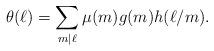
LaTeX: \begin{align*} \theta(\ell)=\sum_{m\mid \ell}\mu(m)g(m)h(\ell/m).\end{align*}